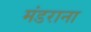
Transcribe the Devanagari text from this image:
मंडराना